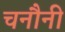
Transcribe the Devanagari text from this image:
चनौनी